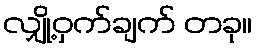
လျှို့ဝှက်ချက် တခု။